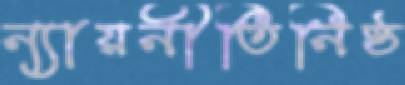
ন্যায়নীতিনিষ্ঠ